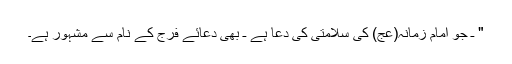
" ـ جو امام زمانہ(عج) کی سلامتی کی دعا ہے ـ بھی دعائے فَرَج کے نام سے مشہور ہے۔